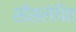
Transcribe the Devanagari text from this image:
सीसलेपित